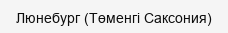
Люнебург (Төменгі Саксония)